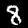
Label: 8